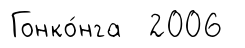
Гонко́нга 2006